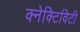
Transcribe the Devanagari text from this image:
क्नेक्टिविटी